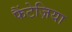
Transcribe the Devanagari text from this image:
फैंटेज़िया